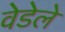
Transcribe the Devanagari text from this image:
वेडेले